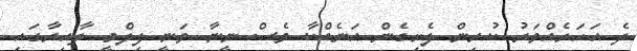
ދެ އަހަރެއްވަރު ކުރިން ފެށިގެން އަނެއްކާ ވެސް ނީނާ ވަނީ ފިލްމީ ދާއިރާގައި